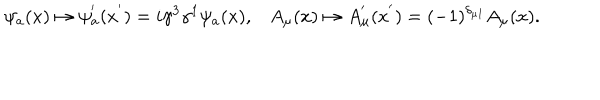
\psi _ { a } ( x ) \mapsto \psi _ { a } ^ { ' } ( x ^ { ' } ) = i \gamma ^ { 3 } \gamma ^ { 1 } \psi _ { a } ( x ) , A _ { \mu } ( x ) \mapsto A _ { \mu } ^ { ' } ( x ^ { ' } ) = ( - 1 ) ^ { \delta _ { \mu 1 } } A _ { \mu } ( x ) .